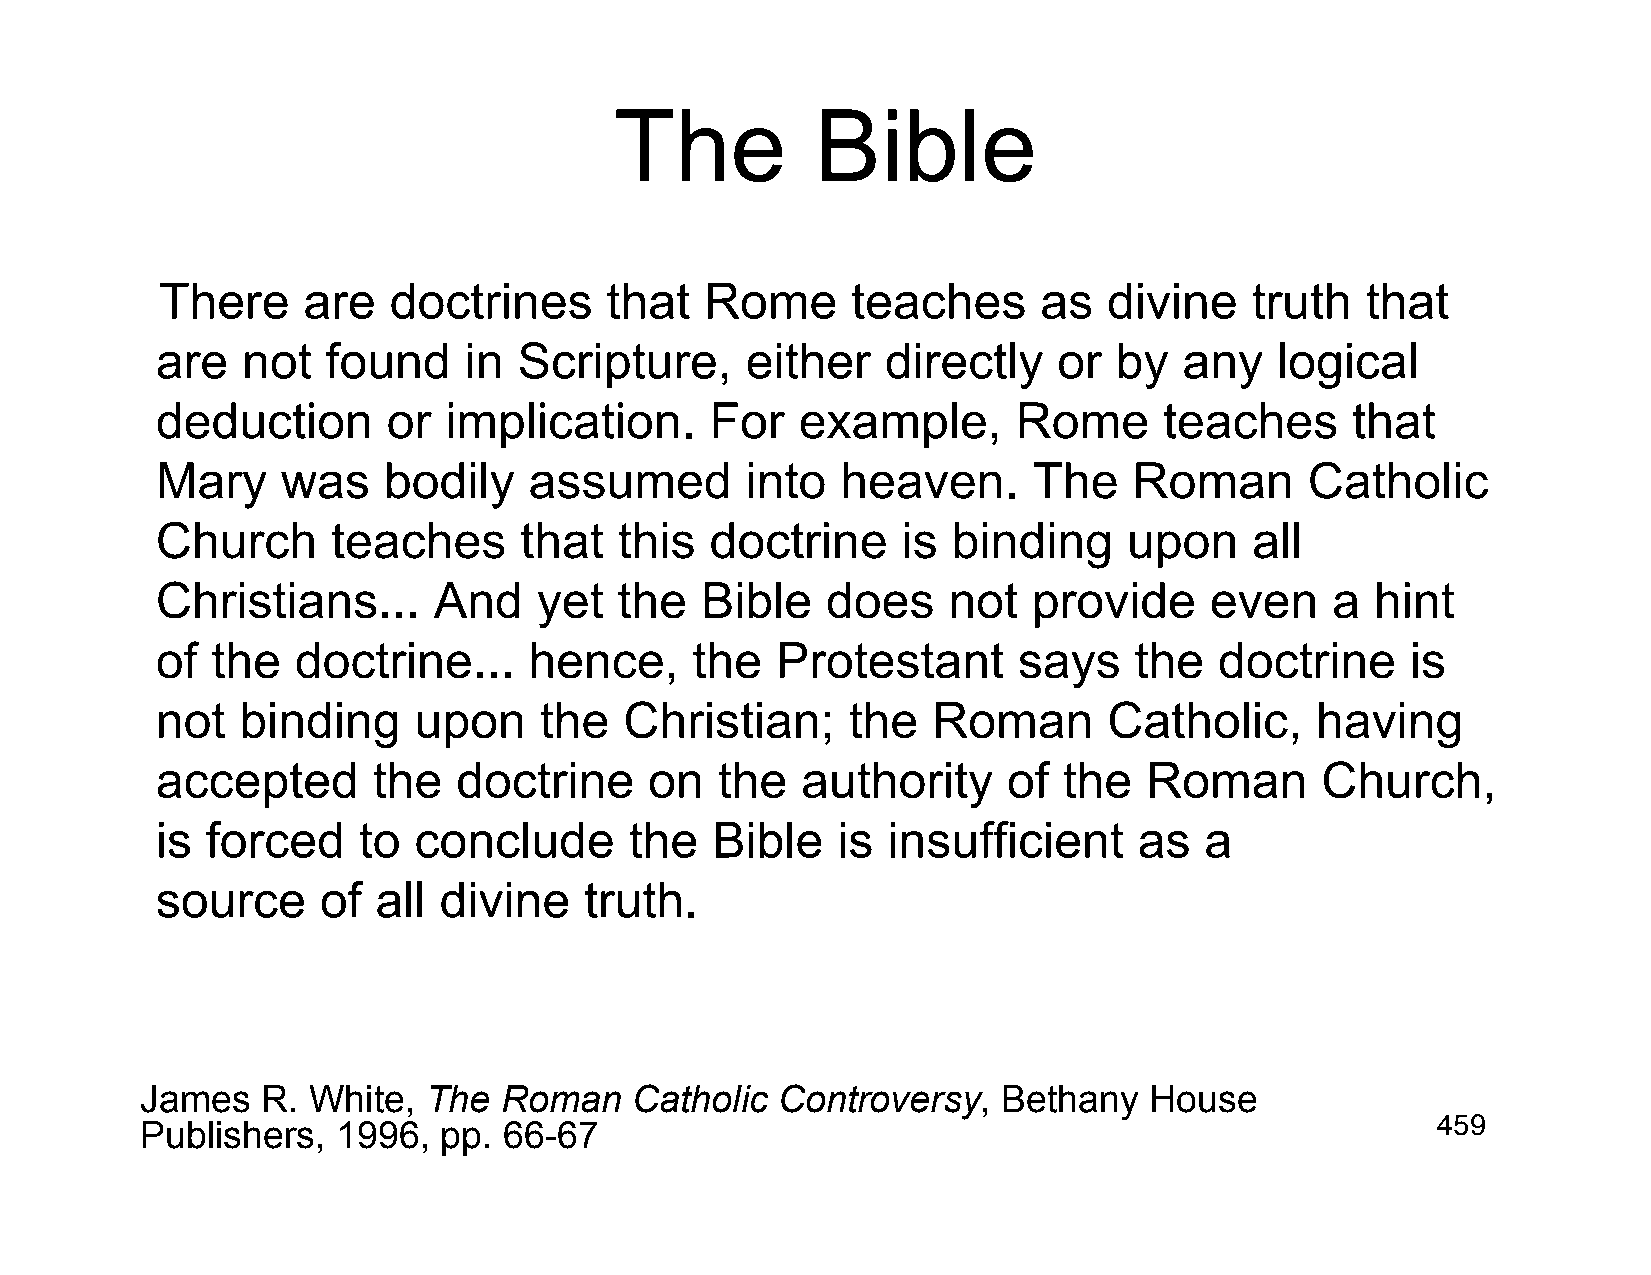
The          Bible
 There    are   doctrines     that   Rome     teaches      as  divine    truth  that
 are   not   found    in Scripture,     either    directly   or  by  any    logical
 deduction       or implication.      For   example,      Rome      teaches     that
 Mary     was   bodily    assumed       into   heaven.     The    Roman       Catholic
 Church      teaches     that   this  doctrine     is binding     upon    all
 Christians...      And    yet  the  Bible    does    not  provide     even    a  hint
 of  the   doctrine...    hence,     the  Protestant      says    the   doctrine    is
 not   binding    upon     the  Christian;     the   Roman      Catholic,     having
 accepted       the  doctrine     on  the   authority     of the   Roman      Church,
 is  forced    to conclude       the  Bible   is  insufficient    as   a
 source     of  all divine    truth.
 James   R. White,  The  Roman    Catholic Controversy,   Bethany   House
 Publishers,  1996,  pp. 66-67                                                         459